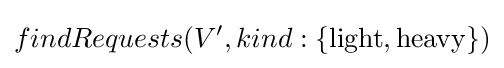
findRequests(V',kind:\{{\text{light}},{\text{heavy}}\})